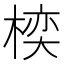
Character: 𪲱